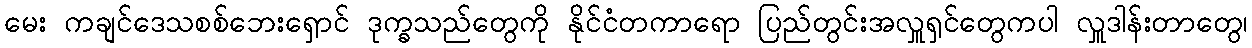
မေး ကချင်ဒေသစစ်ဘေးရှောင် ဒုက္ခသည်တွေကို နိုင်ငံတကာရော ပြည်တွင်းအလှူရှင်တွေကပါ လှူဒါန်းတာတွေ၊